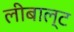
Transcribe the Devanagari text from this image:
लीबाल्ट